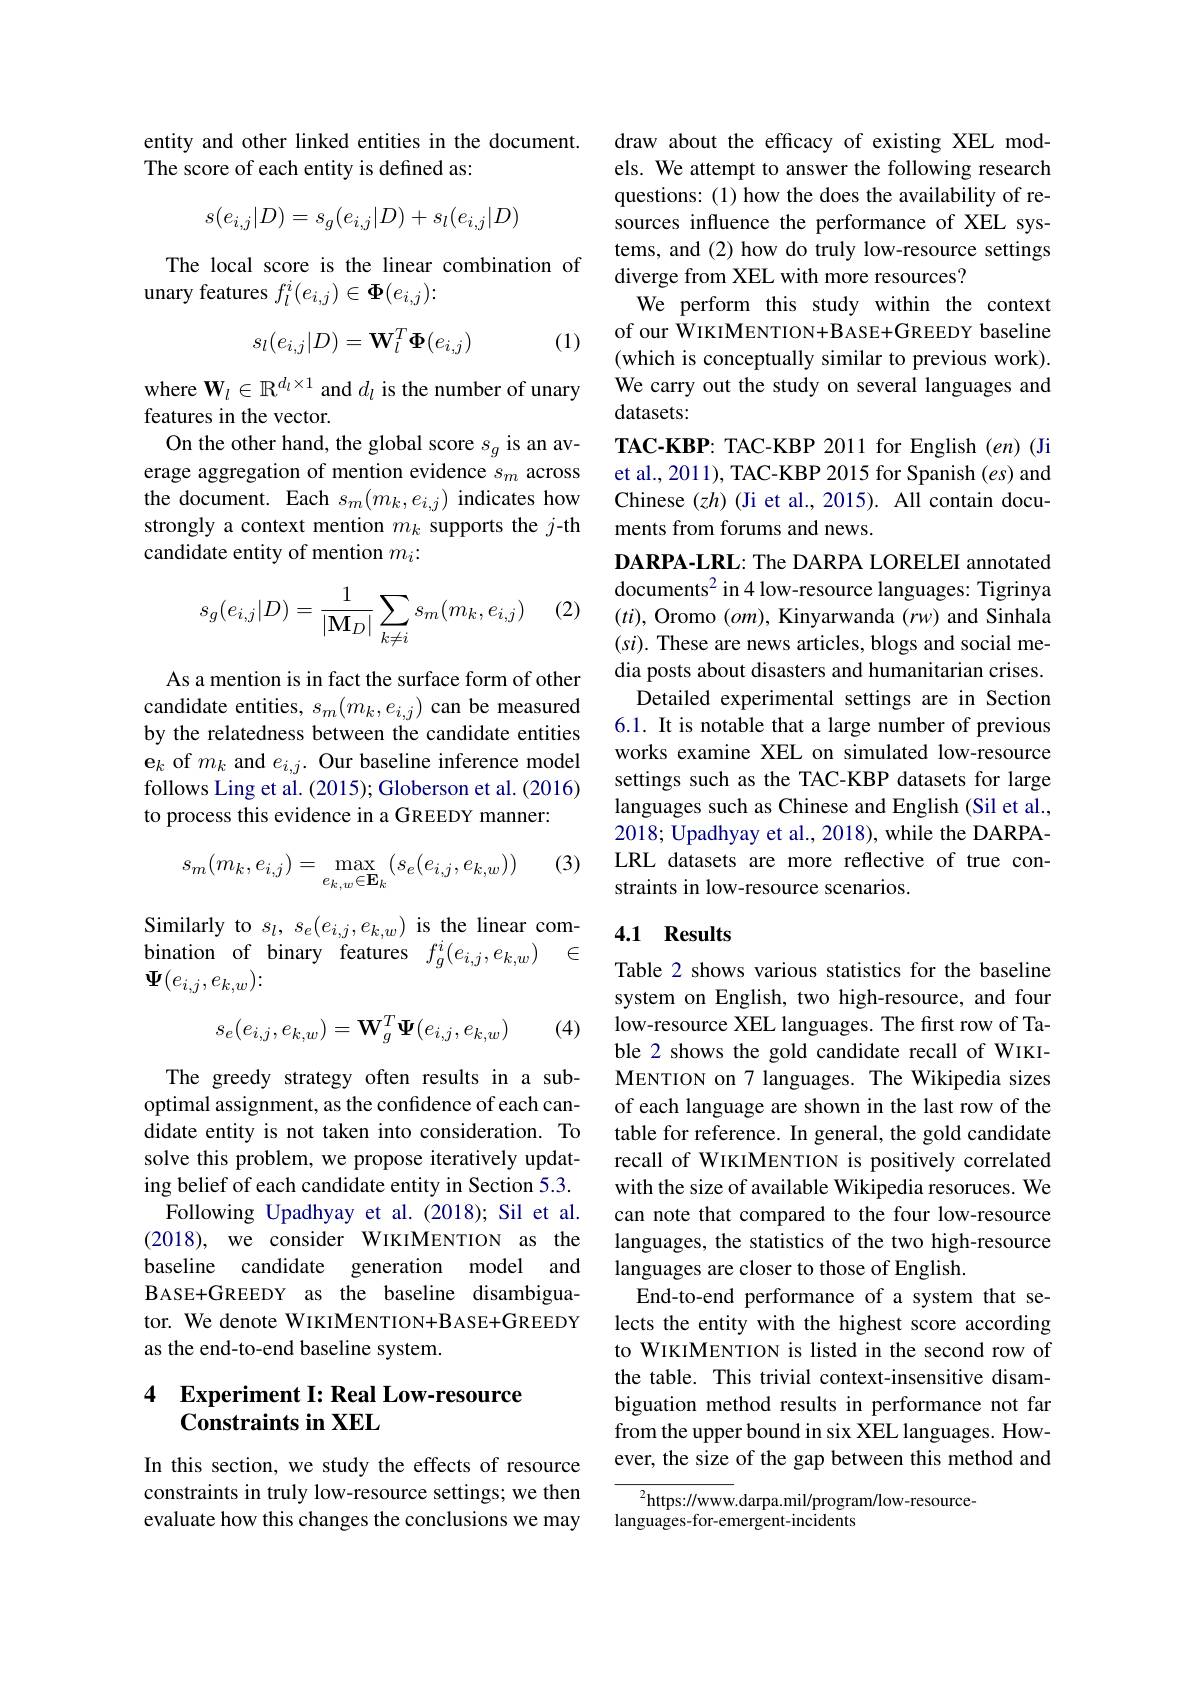
entity and other linked entities in the document.
The score of each entity is defined as:
$$s(e_{i,j}|D)=s_{g}(e_{i,j}|D)+s_{l}(e_{i,j}|D)$$
The local score is the linear combination of
unary features $f_l^i(e_{i,j})\in\Phi(e_{i,j})\colon$
$$s_l(e_{i,j}|D)=\mathbf{W}_l^T\mathbf{\Phi}(e_{i,j})$$
(1)

where $\mathbf{W}_l\in\mathbb{R}^{d_l\times1}$ and $d_l$ is the number of unary
features in the vector.
On the other hand, the global score $s_g$ is an average aggregation of mention evidence $s_m$ across the document. Each $s_m(m_k,e_{i,j})$ indicates how strongly a context mention $m_k$ supports the $j$-th candidate entity of mention $m_i:$

(2)
$$s_g(e_{i,j}|D)=\frac{1}{|\mathbf{M}_{D}|}\sum_{k\neq i}s_m(m_k,e_{i,j})$$
As a mention is in fact the surface form of other candidate entities, $s_m(m_k,e_{i,j})$ can be measured by the relatedness between the candidate entities e$_k$ of $m_k$ and $e_i,j.$ Our baseline inference model follows Ling et al. (2015); Globerson et al. (2016) to process this evidence in a GREEDY manner:

(3)
$$s_m(m_k,e_{i,j})=\max_{e_{k,w}\in\mathbf{E}_k}(s_e(e_{i,j},e_{k,w}))$$
Similarly to $s_l,s_e(e_{i,j},e_{k,w})$ is the linear combination of binary features $f_g^i( e_{i, j}, e_{k, w})$ $\in$ $\Psi(e_{i,j},e_{k,w})\colon$
$$s_e(e_{i,j},e_{k,w})=\mathbf{W}_g^T\mathbf{\Psi}(e_{i,j},e_{k,w})$$
(4)

The greedy strategy often results in a suboptimal assignment, as the confidence of each candidate entity is not taken into consideration. To solve this problem, we propose iteratively updating belief of each candidate entity in Section 5.3. Following Upadhyay et al.(2018); Sil et al. (2018), we consider WIKIMENTION as the baseline candidate generation model and BASE+GREEDY as the baseline disambiguator. We denote WIKIMENTION+BASE+GREEDY as the end-to-end baseline system.

### 4 Experiment I: Real Low-resource Constraints in XEL

In this section, we study the effects of resource constraints in truly low-resource settings; we then evaluate how this changes the conclusions we may

draw about the efficacy of existing XEL models. We attempt to answer the following research questions: (1) how the does the availability of resources influence the performance of XEL systems, and (2) how do truly low-resource settings diverge from XEL with more resources?
We perform this study within the context of our WIKIMENTION+BASE+GREEDY baseline (which is conceptually similar to previous work). We carry out the study on several languages and datasets:
TAC-KBP: TAC-KBP 2011 for English $(en)$ (Ji et al., 2011), TAC-KBP 2015 for Spanish (es) and Chinese $(zh)$ (Ji et al., 2015). All contain documents from forums and news.
DARPA-LRL: The DARPA LORELEI annotated documents$^{2}$ in 4 low-resource languages: Tigrinya $(ti)$, Oromo $(om)$, Kinyarwanda $(rw)$ and Sinhala $(si).$ These are news articles, blogs and social media posts about disasters and humanitarian crises.
Detailed experimental settings are in Section 6.1. It is notable that a large number of previous works examine XEL on simulated low-resource settings such as the TAC-KBP datasets for large languages such as Chinese and English (Sil et al., 2018; Upadhyay et al., 2018), while the DARPALRL datasets are more reflective of true constraints in low-resource scenarios.

## 4.1 Results

Table 2 shows various statistics for the baseline system on English, two high-resource, and four low-resource XEL languages. The first row of Table 2 shows the gold candidate recall of WIKIMENTION on 7 languages. The Wikipedia sizes of each language are shown in the last row of the table for reference. In general, the gold candidate recall of WIKIMENTION is positively correlated with the size of available Wikipedia resoruces. We can note that compared to the four low-resource languages, the statistics of the two high-resource languages are closer to those of English.
End-to-end performance of a system that selects the entity with the highest score according to WIKIMENTION is listed in the second row of the table. This trivial context-insensitive disambiguation method results in performance not far from the upper bound in six XEL languages. However, the size of the gap between this method and

${^{2}\mathrm{https://www.darpa.mil/program/low-resource-}}$
languages-for-emergent-incidents